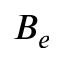
B _ { e }